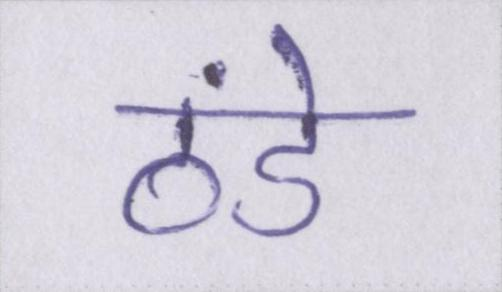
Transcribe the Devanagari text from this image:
ठंडे